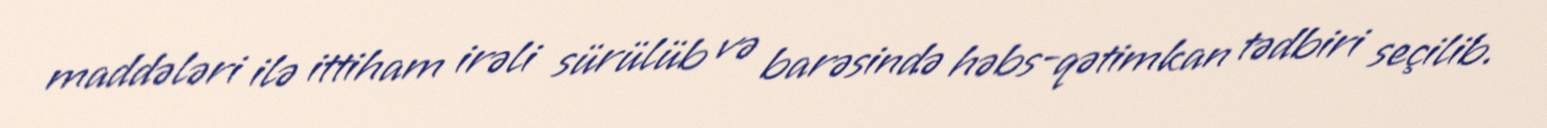
maddələri ilə ittiham irəli sürülüb və barəsində həbs-qətimkan tədbiri seçilib.